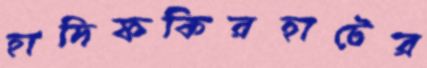
হাদিফকিরহাটের